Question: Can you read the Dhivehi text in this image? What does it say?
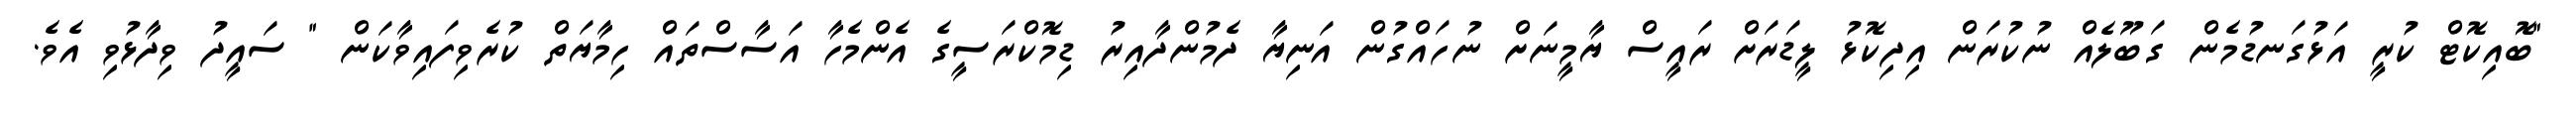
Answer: "ބޮއިކޮޓް ކުރީ އަޅުގަނޑުމެން ގަބޫލެއް ނުކުރަން އިދިކޮޅު ލީޑަރަށް ރައީސް ޔާމީނަށް ނުހައްގުން އަނިޔާ ދެމުންދާއިރު ޑިމޮކްރަސީގެ އެންމެހާ އަސާސްތައް ހިމާޔަތް ކުރެވިފައިވާކަން " ސައީދު ވިދާޅުވި އެވެ.